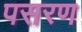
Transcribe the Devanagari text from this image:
पसरण